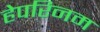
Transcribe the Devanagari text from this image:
हेपरिनम